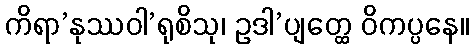
ကိရာ’နုဿဝါ’ရုစိသု၊ ဥဒါ’ပျတ္ထေ ဝိကပ္ပနေ။